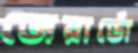
জেরার্ডো